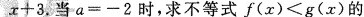
$$x+3$$.当$$a=-2$$时，求不等式$$f(x)<g(x)$$的